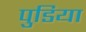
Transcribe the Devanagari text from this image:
पुडिया